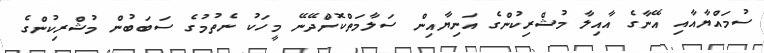
ސުމައްޔާއާއި އޭނާގެ އާއިލާ މުޝްރިކުންގެ އަނިޔާއިން ސަލާމަތްކޮށްދޭނޭ މީހަކު ނެތުމުގެ ސަބަބުން މުޝްރިކުންގެ